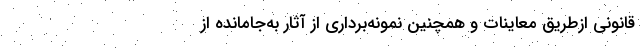
قانونی ازطریق معاینات و همچنین نمونه‌برداری از آثار به‌جامانده از